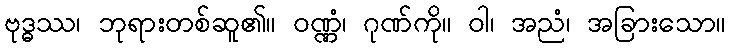
ဗုဒ္ဓဿ၊ ဘုရားတစ်ဆူ၏။ ဝဏ္ဏံ၊ ဂုဏ်ကို။ ဝါ၊ အညံ၊ အခြားသော။